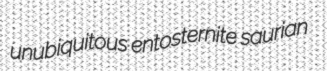
unubiquitous entosternite saurian